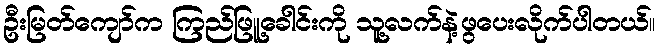
ဦးမြတ်ကျော်က ကြည်ဖြူ့ခေါင်းကို သူ့လက်နဲ့ဖွပေးလိုက်ပါတယ်။